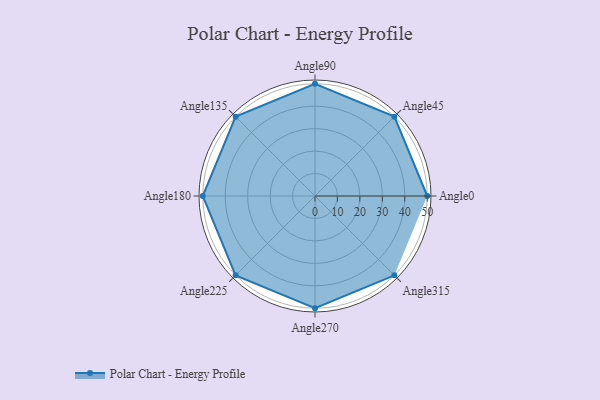
{"axis": {"x": "Angle", "y": "Radius"}, "legend": [""], "data": [{"x": "Angle0", "y": 50, "type": ""}, {"x": "Angle45", "y": 50, "type": ""}, {"x": "Angle90", "y": 50, "type": ""}, {"x": "Angle135", "y": 50, "type": ""}, {"x": "Angle180", "y": 50, "type": ""}, {"x": "Angle225", "y": 50, "type": ""}, {"x": "Angle270", "y": 50, "type": ""}, {"x": "Angle315", "y": 50, "type": ""}]}